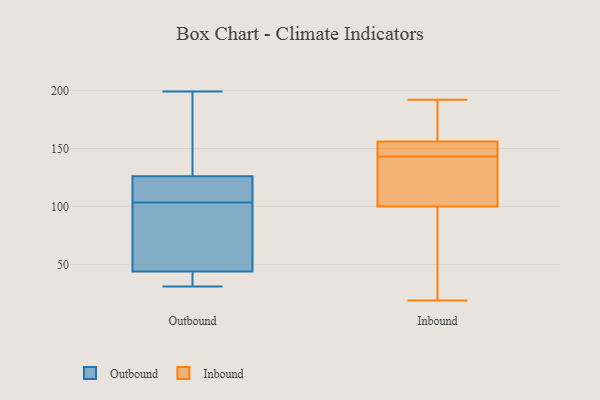
{"axis": {"x": "Latency (ms)", "y": "Value"}, "legend": ["Inbound", "Outbound"], "data": [{"x": "", "y": 196, "type": "Outbound"}, {"x": "", "y": 31, "type": "Outbound"}, {"x": "", "y": 42, "type": "Outbound"}, {"x": "", "y": 103, "type": "Outbound"}, {"x": "", "y": 160, "type": "Outbound"}, {"x": "", "y": 107, "type": "Outbound"}, {"x": "", "y": 34, "type": "Outbound"}, {"x": "", "y": 176, "type": "Outbound"}, {"x": "", "y": 199, "type": "Outbound"}, {"x": "", "y": 126, "type": "Outbound"}, {"x": "", "y": 117, "type": "Outbound"}, {"x": "", "y": 36, "type": "Outbound"}, {"x": "", "y": 95, "type": "Outbound"}, {"x": "", "y": 77, "type": "Outbound"}, {"x": "", "y": 56, "type": "Outbound"}, {"x": "", "y": 126, "type": "Outbound"}, {"x": "", "y": 104, "type": "Outbound"}, {"x": "", "y": 44, "type": "Outbound"}, {"x": "", "y": 110, "type": "Inbound"}, {"x": "", "y": 119, "type": "Inbound"}, {"x": "", "y": 192, "type": "Inbound"}, {"x": "", "y": 152, "type": "Inbound"}, {"x": "", "y": 156, "type": "Inbound"}, {"x": "", "y": 118, "type": "Inbound"}, {"x": "", "y": 145, "type": "Inbound"}, {"x": "", "y": 141, "type": "Inbound"}, {"x": "", "y": 94, "type": "Inbound"}, {"x": "", "y": 146, "type": "Inbound"}, {"x": "", "y": 151, "type": "Inbound"}, {"x": "", "y": 43, "type": "Inbound"}, {"x": "", "y": 176, "type": "Inbound"}, {"x": "", "y": 191, "type": "Inbound"}, {"x": "", "y": 81, "type": "Inbound"}, {"x": "", "y": 100, "type": "Inbound"}, {"x": "", "y": 183, "type": "Inbound"}, {"x": "", "y": 19, "type": "Inbound"}]}